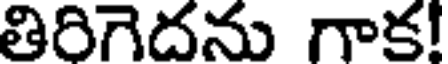
తిరిగెదను గాక!